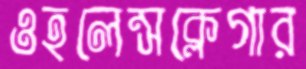
ওহলেন্সক্লেগার